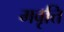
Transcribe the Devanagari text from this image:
मवृत्ति